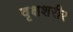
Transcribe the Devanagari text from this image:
वृक्षशरीर